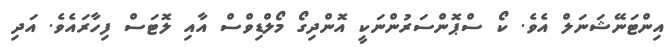
އިންޓަނޭޝަނަލް އެވެ. ކޯ ސްޕޮންސަރުންނަކީ އޮންދިގޯ މޯލްޑިވްސް އާއި ލޮޓަސް ފިހާރައެވެ. އަދި